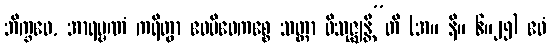
ဘိက္ခဝေ, အာရမ္မဏံ ကရိတွာ ဧဝမိဓေကစ္စေ သတ္တာ ဝိသုဇ္ဈန္တီ”တိ (အ။ နိ။ ၆။၂၅) ဧဝံ